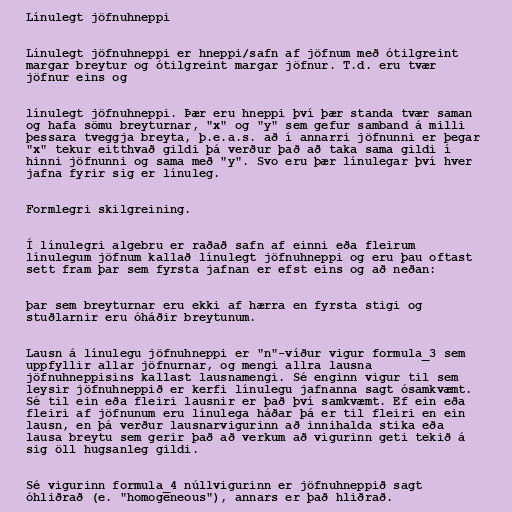
Línulegt jöfnuhneppi

Línulegt jöfnuhneppi er hneppi/safn af jöfnum með ótilgreint
margar breytur og ótilgreint margar jöfnur. T.d. eru tvær
jöfnur eins og

línulegt jöfnuhneppi. Þær eru hneppi því þær standa tvær saman
og hafa sömu breyturnar, "x" og "y" sem gefur samband á milli
þessara tveggja breyta, þ.e.a.s. að í annarri jöfnunni er þegar
"x" tekur eitthvað gildi þá verður það að taka sama gildi í
hinni jöfnunni og sama með "y". Svo eru þær línulegar því hver
jafna fyrir sig er línuleg.

Formlegri skilgreining.

Í línulegri algebru er raðað safn af einni eða fleirum
línulegum jöfnum kallað línulegt jöfnuhneppi og eru þau oftast
sett fram þar sem fyrsta jafnan er efst eins og að neðan:

þar sem breyturnar eru ekki af hærra en fyrsta stigi og
stuðlarnir eru óháðir breytunum.

Lausn á línulegu jöfnuhneppi er "n"-víður vigur formula_3 sem
uppfyllir allar jöfnurnar, og mengi allra lausna
jöfnuhneppisins kallast lausnamengi. Sé enginn vigur til sem
leysir jöfnuhneppið er kerfi línulegu jafnanna sagt ósamkvæmt.
Sé til ein eða fleiri lausnir er það því samkvæmt. Ef ein eða
fleiri af jöfnunum eru línulega háðar þá er til fleiri en ein
lausn, en þá verður lausnarvigurinn að innihalda stika eða
lausa breytu sem gerir það að verkum að vigurinn geti tekið á
sig öll hugsanleg gildi.

Sé vigurinn formula_4 núllvigurinn er jöfnuhneppið sagt
óhliðrað (e. "homogeneous"), annars er það hliðrað.